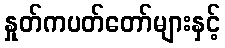
နှုတ်ကပတ်တော်များနှင့်